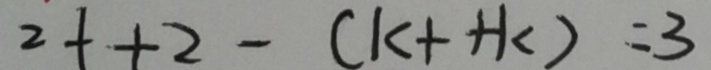
2 + + 2 - ( k + + k ) = 3